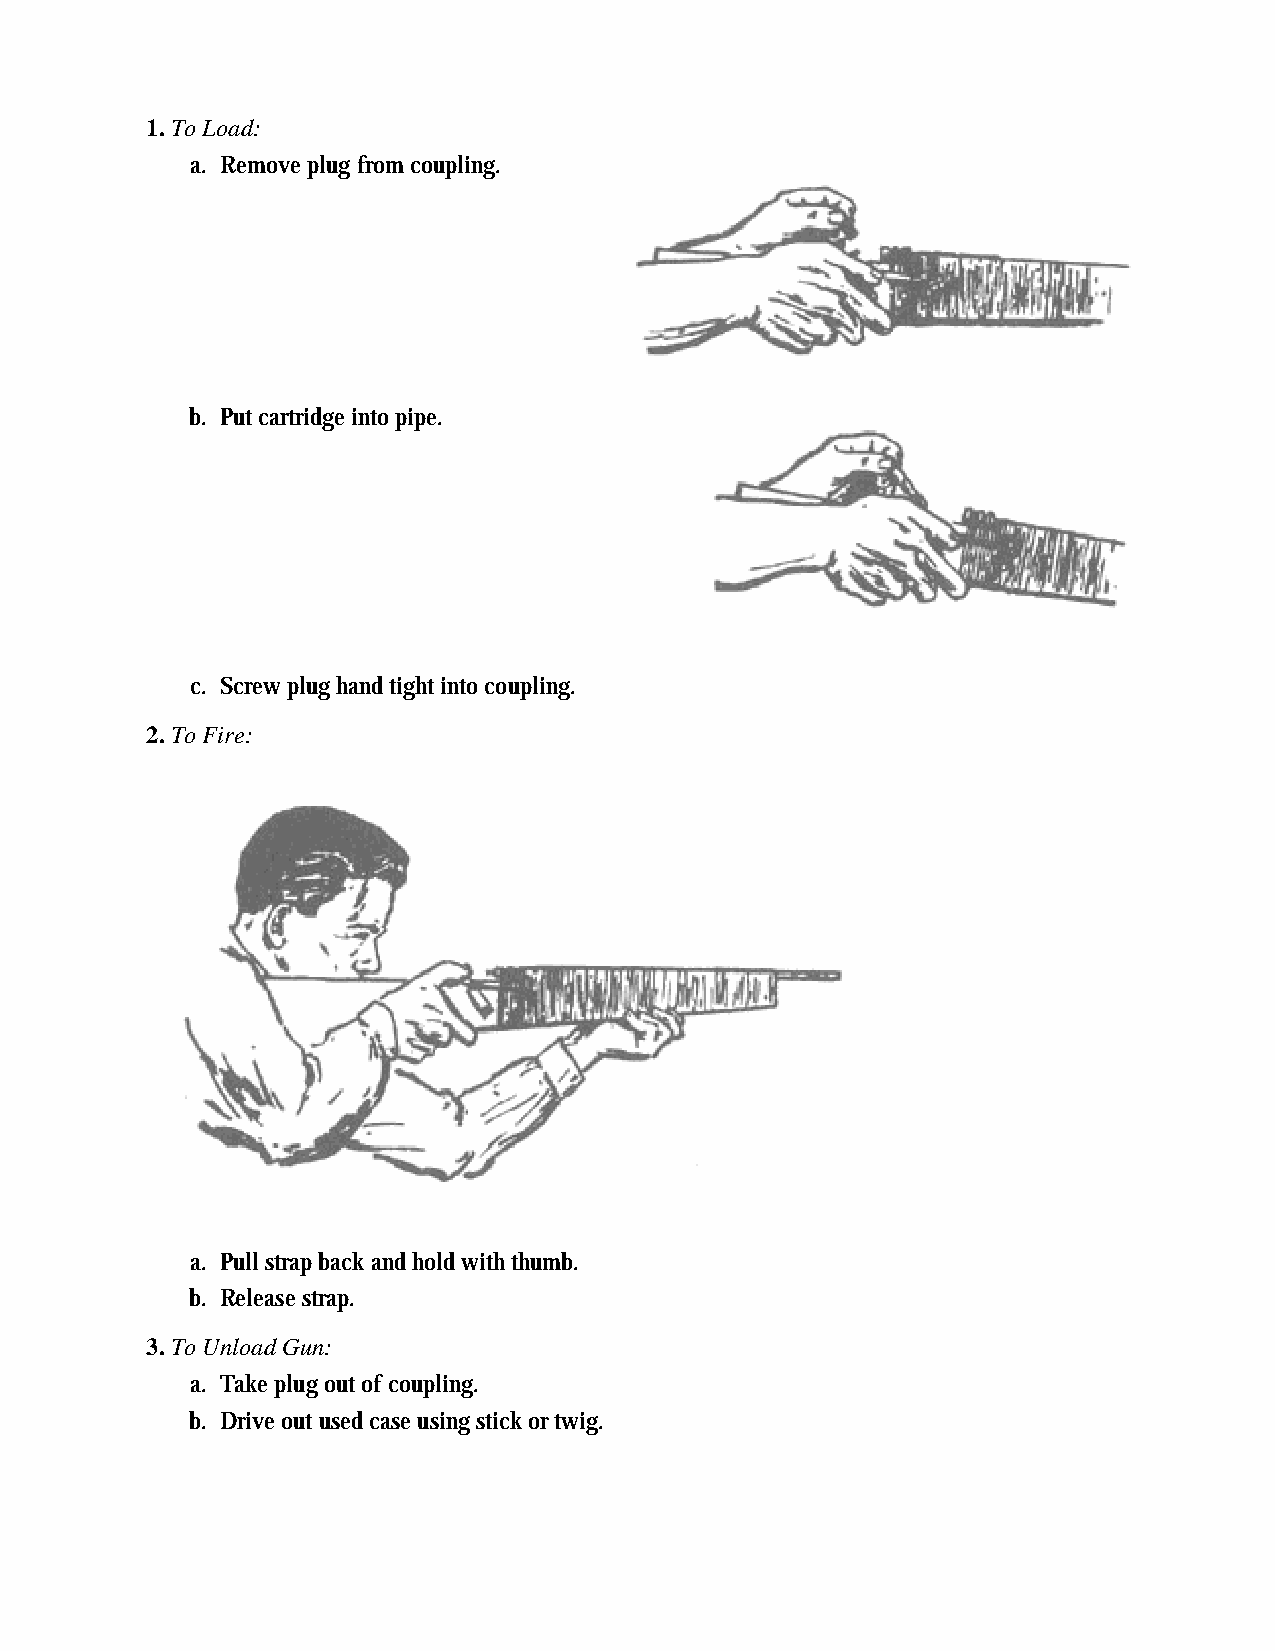
1. To Load:
 a. Remove plug from coupling.
 b. Put cartridge into pipe.
 c. Screw plug hand tight into coupling.
 2. To Fire:
 a. Pull strap back and hold with thumb.
 b. Release strap.
 3. To Unload Gun:
 a. Take plug out of coupling.
 b. Drive out used case using stick or twig.